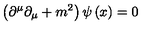
\left( \partial ^ { \mu } \partial _ { \mu } + m ^ { 2 } \right) \psi \left( x \right) = 0